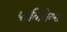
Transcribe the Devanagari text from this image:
फाब्रिशियस